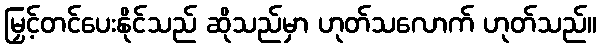
မြှင့်တင်ပေးနိုင်သည် ဆိုသည်မှာ ဟုတ်သလောက် ဟုတ်သည်။